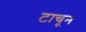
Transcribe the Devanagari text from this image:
टाचून